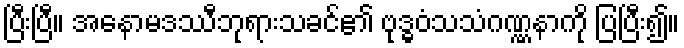
ပြီးပြီ။ အနောမဒဿီဘုရားသခင်၏ ဗုဒ္ဓဝံသသံဂဏ္ဏနာကို ပြပြီး၍။